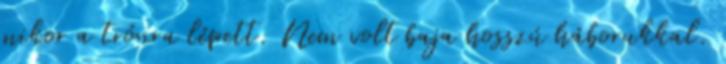
mikor a trónra lépett. Nem volt baja hosszú háborukkal.